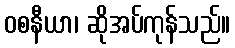
ဝစနီယာ၊ ဆိုအပ်ကုန်သည်။